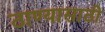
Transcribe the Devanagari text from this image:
ठाण्यासाठी